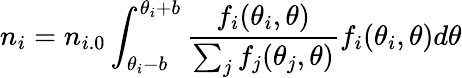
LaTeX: n_{i}=n_{i.0}\int_{\theta_{i}-b}^{\theta_{i}+b}\frac{f_{i}(\theta_{i},\theta)}{\sum_{j}f_{j}(\theta_{j},\theta)}f_{i}(\theta_{i},\theta)d\theta